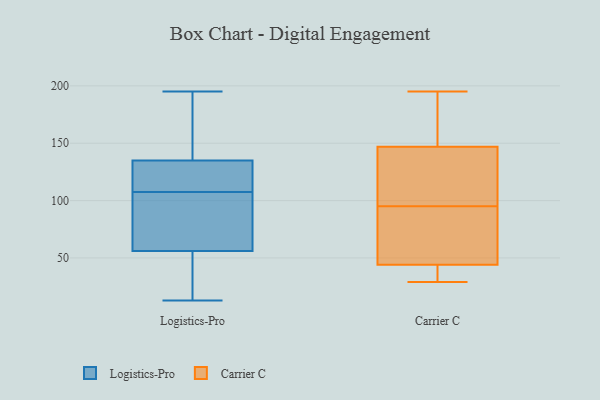
{"axis": {"x": "Population (Million)", "y": "Value"}, "legend": ["Carrier C", "Logistics-Pro"], "data": [{"x": "", "y": 136, "type": "Logistics-Pro"}, {"x": "", "y": 145, "type": "Logistics-Pro"}, {"x": "", "y": 17, "type": "Logistics-Pro"}, {"x": "", "y": 134, "type": "Logistics-Pro"}, {"x": "", "y": 115, "type": "Logistics-Pro"}, {"x": "", "y": 187, "type": "Logistics-Pro"}, {"x": "", "y": 93, "type": "Logistics-Pro"}, {"x": "", "y": 127, "type": "Logistics-Pro"}, {"x": "", "y": 122, "type": "Logistics-Pro"}, {"x": "", "y": 175, "type": "Logistics-Pro"}, {"x": "", "y": 68, "type": "Logistics-Pro"}, {"x": "", "y": 81, "type": "Logistics-Pro"}, {"x": "", "y": 44, "type": "Logistics-Pro"}, {"x": "", "y": 37, "type": "Logistics-Pro"}, {"x": "", "y": 111, "type": "Logistics-Pro"}, {"x": "", "y": 195, "type": "Logistics-Pro"}, {"x": "", "y": 13, "type": "Logistics-Pro"}, {"x": "", "y": 31, "type": "Logistics-Pro"}, {"x": "", "y": 96, "type": "Logistics-Pro"}, {"x": "", "y": 104, "type": "Logistics-Pro"}, {"x": "", "y": 33, "type": "Carrier C"}, {"x": "", "y": 153, "type": "Carrier C"}, {"x": "", "y": 135, "type": "Carrier C"}, {"x": "", "y": 62, "type": "Carrier C"}, {"x": "", "y": 166, "type": "Carrier C"}, {"x": "", "y": 29, "type": "Carrier C"}, {"x": "", "y": 90, "type": "Carrier C"}, {"x": "", "y": 156, "type": "Carrier C"}, {"x": "", "y": 50, "type": "Carrier C"}, {"x": "", "y": 195, "type": "Carrier C"}, {"x": "", "y": 44, "type": "Carrier C"}, {"x": "", "y": 145, "type": "Carrier C"}, {"x": "", "y": 134, "type": "Carrier C"}, {"x": "", "y": 95, "type": "Carrier C"}, {"x": "", "y": 98, "type": "Carrier C"}, {"x": "", "y": 35, "type": "Carrier C"}, {"x": "", "y": 44, "type": "Carrier C"}]}